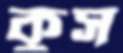
কুস